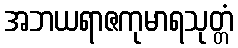
အဘယရာဇကုမာရသုတ္တံ